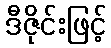
ဒီဇိုင်းဖြင့်